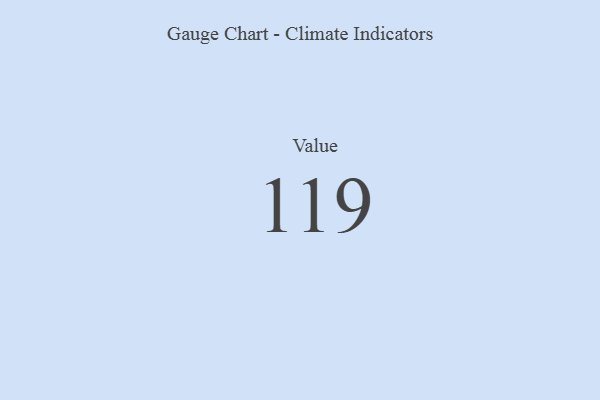
{"axis": {"x": "Metric", "y": "Value"}, "legend": [""], "data": [{"x": "Value", "y": 119, "type": ""}]}